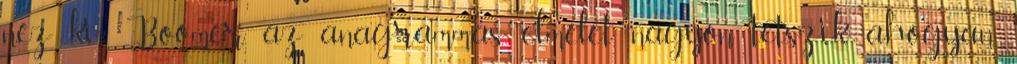
néz ki? Boomer, az anagrammás elmélet nagyon tetszik ahogyan